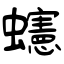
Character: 䘆